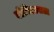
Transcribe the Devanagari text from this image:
बोधिसत्वाला